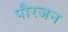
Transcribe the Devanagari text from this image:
पौरजन